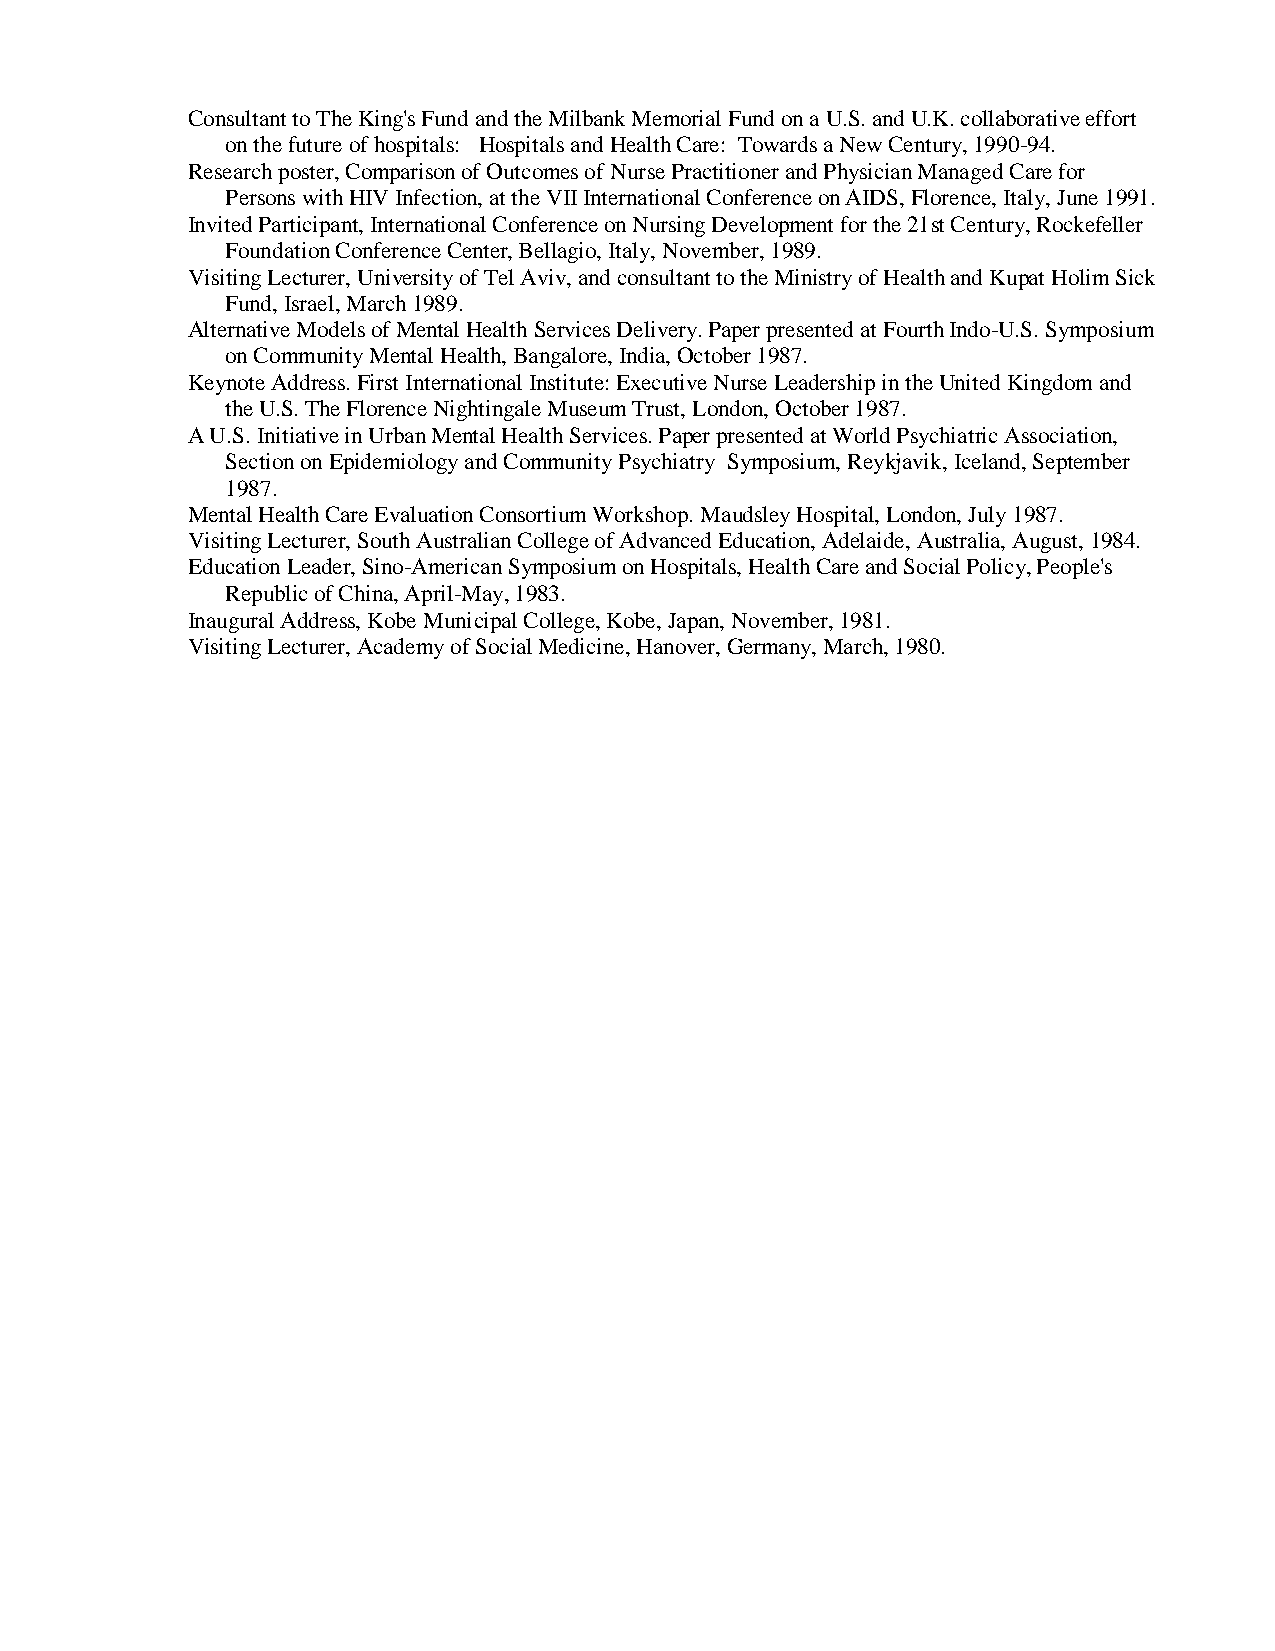
Consultant to The King's Fund and the Milbank Memorial Fund on a U.S. and U.K. collaborative effort
 on the future of hospitals: Hospitals and Health Care: Towards a New Century, 1990-94.
 Research poster, Comparison of Outcomes of Nurse Practitioner and Physician Managed Care for
 Persons with HIV Infection, at the VII International Conference on AIDS, Florence, Italy, June 1991.
 Invited Participant, International Conference on Nursing Development for the 21st Century, Rockefeller
 Foundation Conference Center, Bellagio, Italy, November, 1989.
 Visiting Lecturer, University of Tel Aviv, and consultant to the Ministry of Health and Kupat Holim Sick
 Fund, Israel, March 1989.
 Alternative Models of Mental Health Services Delivery. Paper presented at Fourth Indo-U.S. Symposium
 on Community Mental Health, Bangalore, India, October 1987.
 Keynote Address. First International Institute: Executive Nurse Leadership in the United Kingdom and
 the U.S. The Florence Nightingale Museum Trust, London, October 1987.
 A U.S. Initiative in Urban Mental Health Services. Paper presented at World Psychiatric Association,
 Section on Epidemiology and Community Psychiatry Symposium, Reykjavik, Iceland, September
 1987.
 Mental Health Care Evaluation Consortium Workshop. Maudsley Hospital, London, July 1987.
 Visiting Lecturer, South Australian College of Advanced Education, Adelaide, Australia, August, 1984.
 Education Leader, Sino-American Symposium on Hospitals, Health Care and Social Policy, People's
 Republic of China, April-May, 1983.
 Inaugural Address, Kobe Municipal College, Kobe, Japan, November, 1981.
 Visiting Lecturer, Academy of Social Medicine, Hanover, Germany, March, 1980.